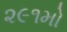
૨૯૧મો